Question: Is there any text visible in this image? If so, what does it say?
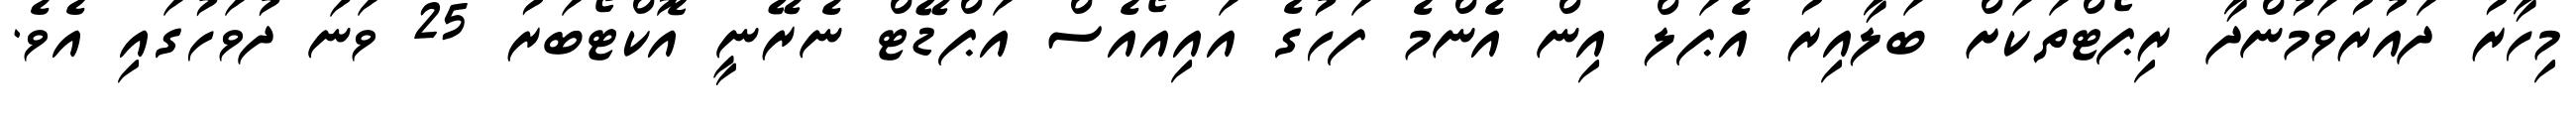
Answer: މިހާރު ދައުރުވަމުންދާ ރިޕޯޓްތަކަށް ބަލާއިރު އެޕަލް އިން އެންމެ ފަހުގެ އައިއޯއެސް އަޕްޑޭޓް ނެރޭނީ އޮކްޓޯބަރު 25 ވަނަ ދުވަހުގައި އެވެ.